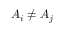
A _ { i } \neq A _ { j }